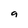
Character: 9